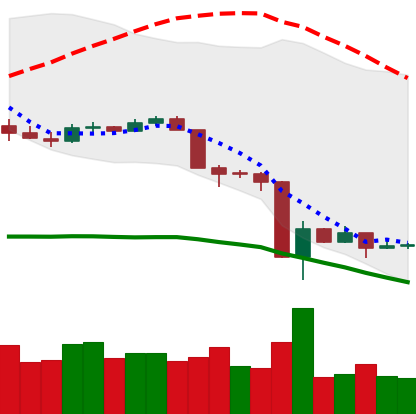
Ticker: LTC-USD
Chart end date: 2020-03-18
Forward return: 15.086%
Label: up_7plus